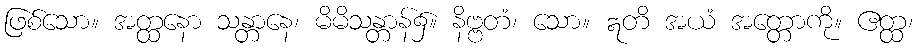
ဖြစ်သော။ အတ္ထနော သန္တာနေ၊ မိမိသန္တာန်၌။ နိဗ္ဗတံ၊ သော။ ဣတိ အယံ အတ္တောကို။ ဧတ္ထ၊